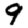
Digit: 9